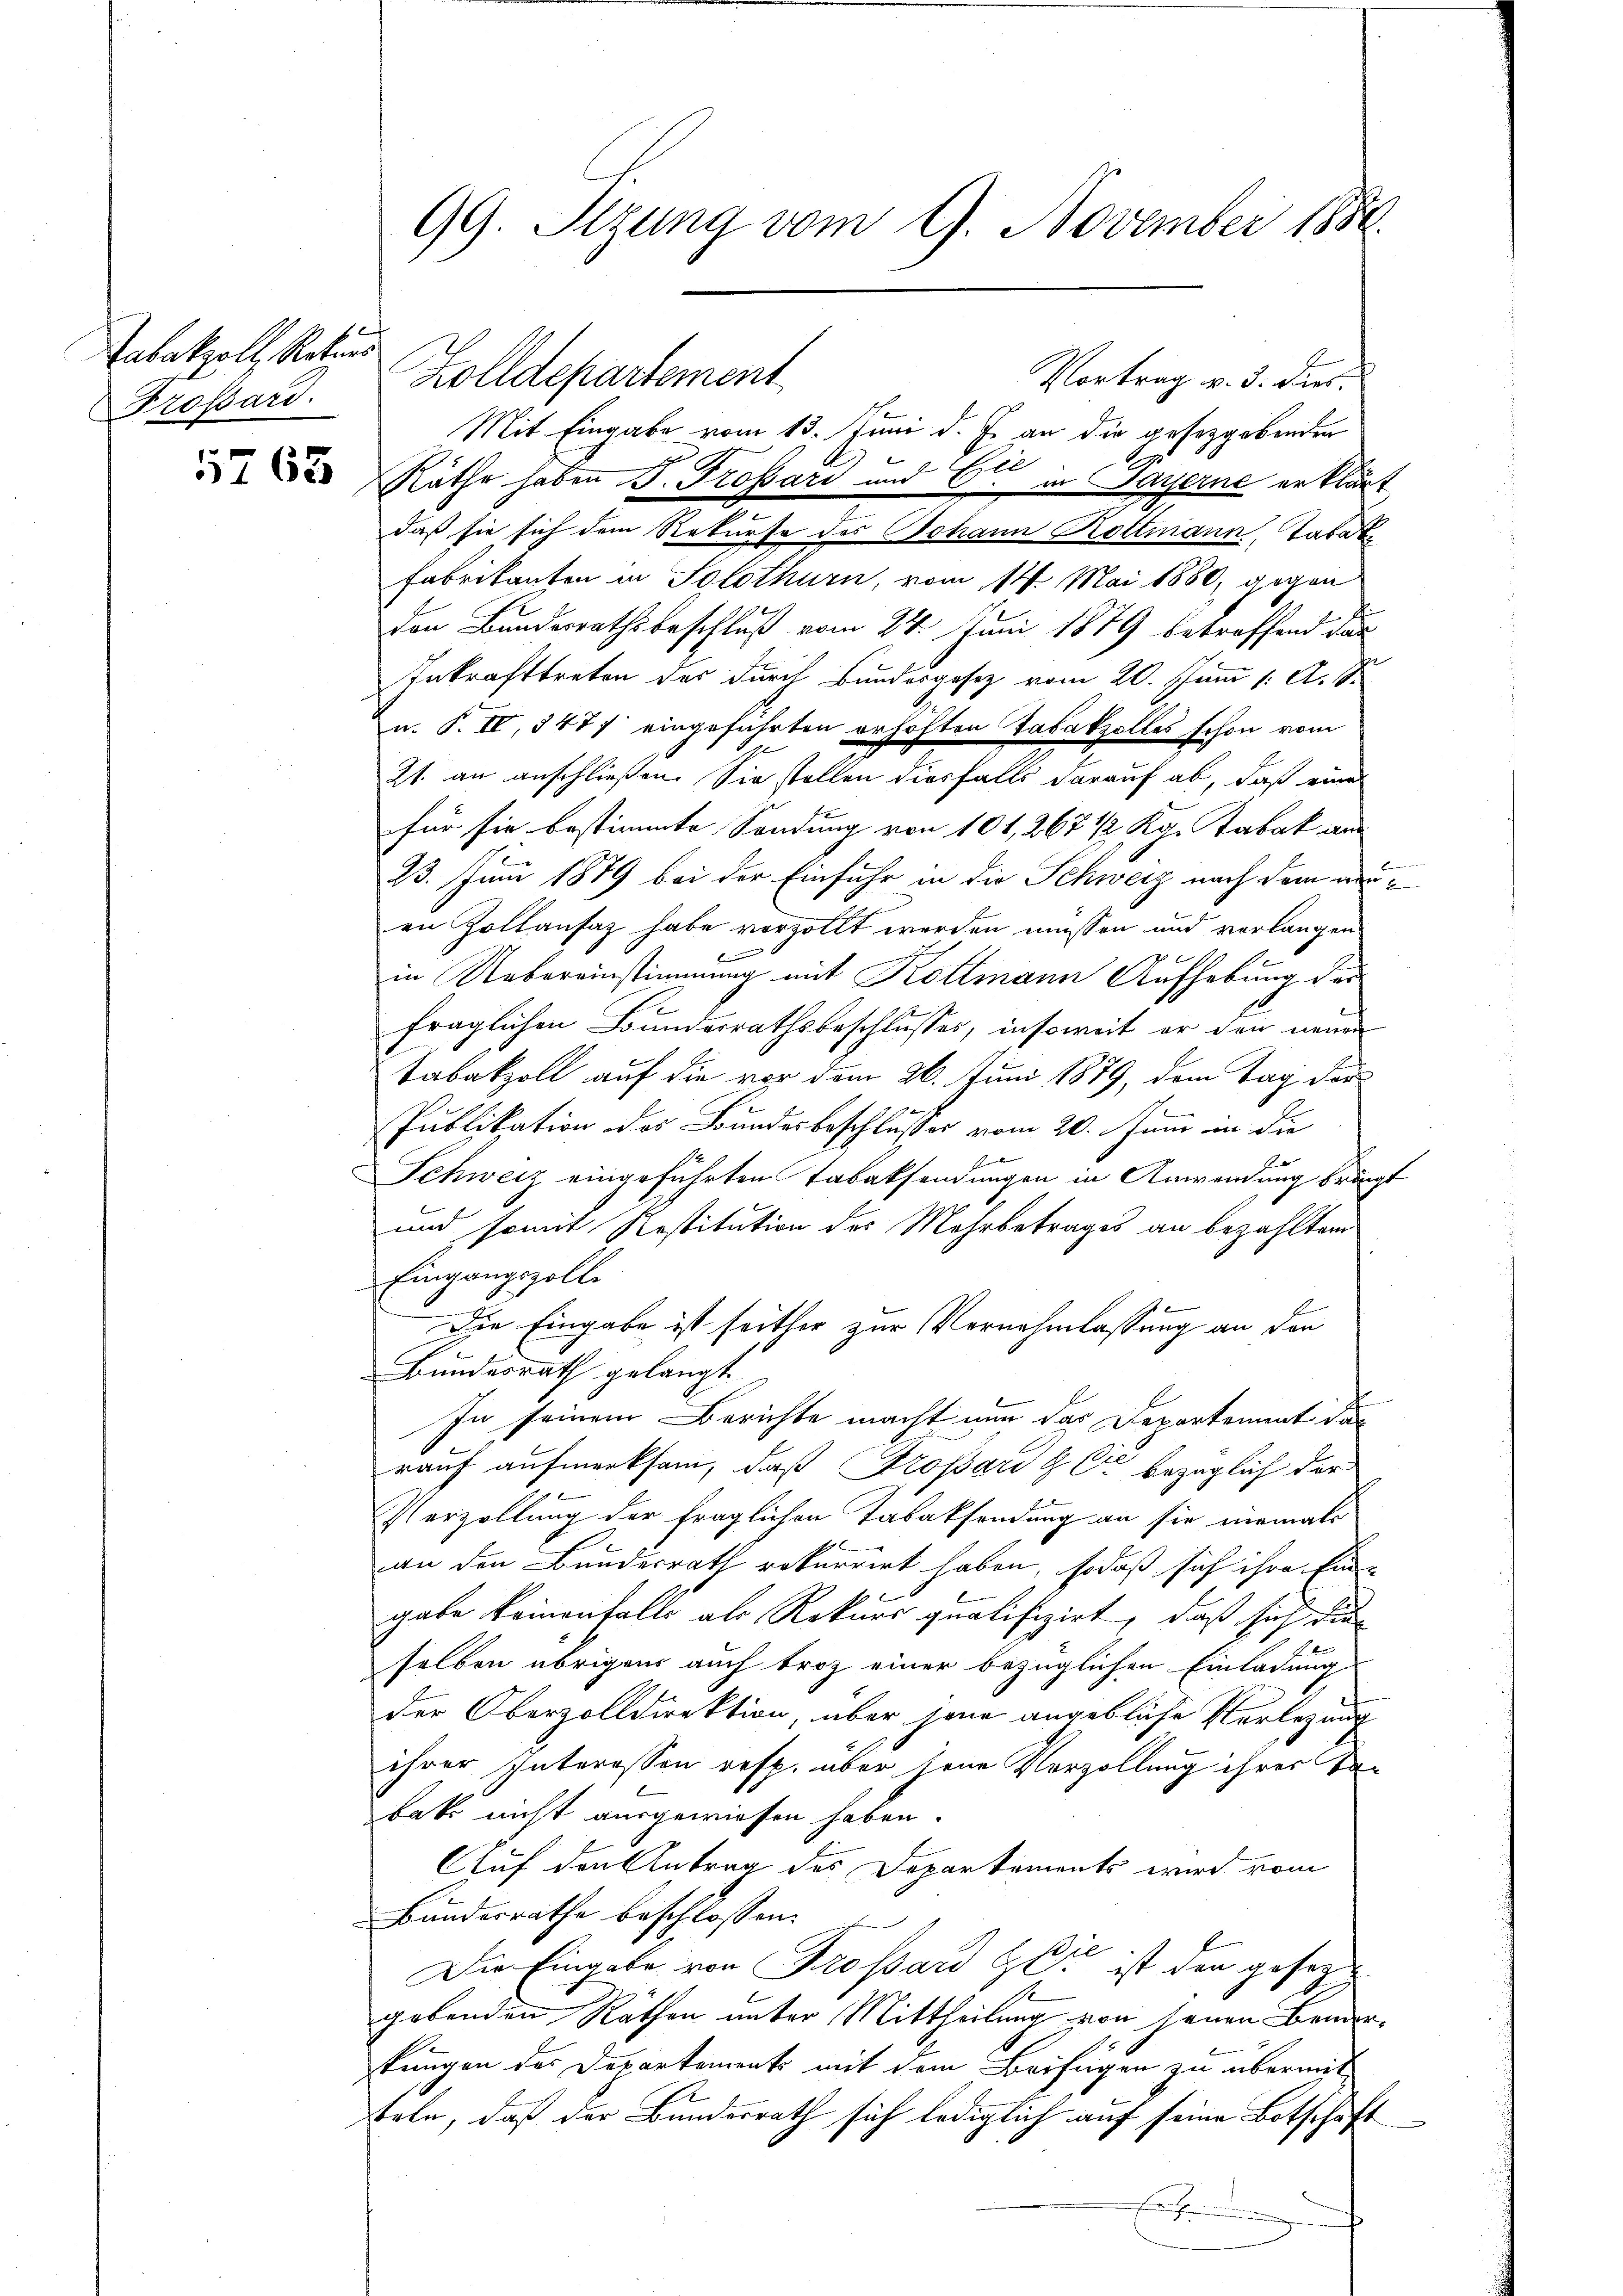
Tabakzoll, Rekurs
Brossard.

5763

99. Sizung vom 9. November 1888.

Mit Eingabe vom 13. Juni d. J. an die gesetzgebenden
Räthe haben J. Trossari und 6ten in Payerne erklärt
daß sie sich dem Rekurse des Johann Rottmann, Tabat
Fabrikanton in Solothurn, vom 14. Mai 1880, gegen
Den Bundesrathsbeschluß vom 24. Juni 1879 betreffend dar
Inkrafttreten des durch Bundesgesetz vom 20. Juni 1. A. S.
u. T. IV, 347 eingeführten erhöhten Tabakzolles schon vom
21. an anschließen. Sie stellen diesfalls darauf ab, daß eine
für sie bestimmte Sendung von 101, 267 1/2 Kg. Tabak an¬
23. Juni 1879 bei der Einfuhr in die Schweiz nach dem neuen Zollansaz habe vorzollt werden müssen und verlangen
in Uebereinstimmung mit Kollmann Aufhebung der
u
fraglichen Bundesrathsbeschlusses, insoweit er den neuen
Tabakzoll auf die vor dem 26. Juni 1879, dem Tag der
x
Publikation des Bundesbeschlusses vom 20. Juni an die
J
Schweiz eingeführten Tabaksendungen in Anweinung bringt
und somit Restitution des Mehrbetrages an bezahlten
Eingangszolle
Die Eingabe ist seither zur Vernehmlassung an den
Bundesrath gelangt
In seinem Berichte macht nun das Departement das
rauf aufmerksam, daß Trossard & Cie bezüglich der
Verzollung der fraglichen Tabaksendung an sie niemals
an den Bundesrath rekurrirt haben, sodaß sich ihre Eingabe keinenfalls als Rekurs qualifizirt, daß sich die
selben übrigen auch troz einer bezüglichen Einladung
der Oberzolldirektion, über jene angebliche Verlegung
ihrer Interessen resp. über jene Verzöllung ihrer Be-
baks nicht ausgewiesen haben.
Auf den Antrag des Departements wird vom
Bunderrathe beschlossen:
Die Eingabe von Trossard Zeit ist den gesezt
gebenden Räthen unter Mittheilung von jenen Bemerkungen des Departements mit dem Beifügen zu übermit
teln, daß der Bundesrath sich lediglich auf seine Botschaft
E

Zolldepartement

Vortrag v. 3. durs.